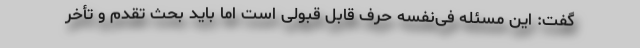
گفت: این مسئله فی‌نفسه حرف قابل قبولی است اما باید بحث تقدم و تأخر